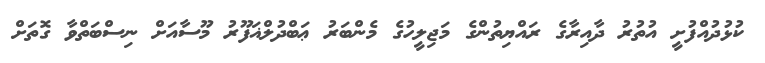
ކުޅުދުއްފުށީ އުތުރު ދާއިރާގެ ރައްޔިތުންގެ މަޖިލީހުގެ މެންބަރު ޢަބްދުލްޣަފޫރު މޫސާއަށް ނިސްބަތްވާ ގޮތަށް